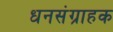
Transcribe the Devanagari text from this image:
धनसंग्राहक